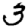
Digit: 3